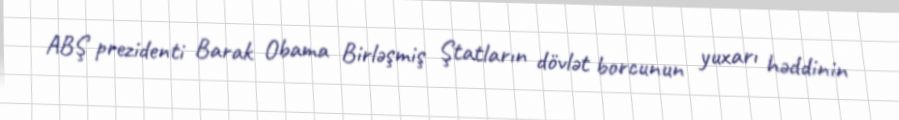
ABŞ prezidenti Barak Obama Birləşmiş Ştatların dövlət borcunun yuxarı həddinin